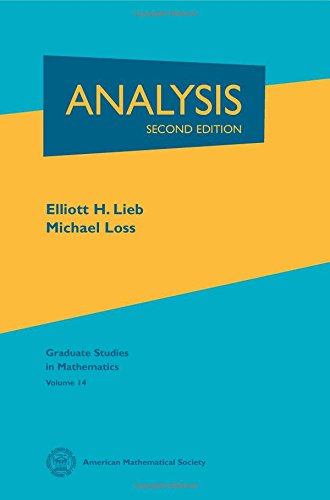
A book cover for Analysis (Graduate Studies in Mathematics); Elliott H. Lieb; Science & Math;